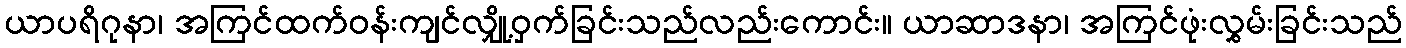
ယာပရိဂုနာ၊ အကြင်ထက်ဝန်းကျင်လျှို့ဝှက်ခြင်းသည်လည်းကောင်း။ ယာဆာဒနာ၊ အကြင်ဖုံးလွှမ်းခြင်းသည်